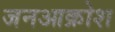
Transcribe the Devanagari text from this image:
जनआक्रोश